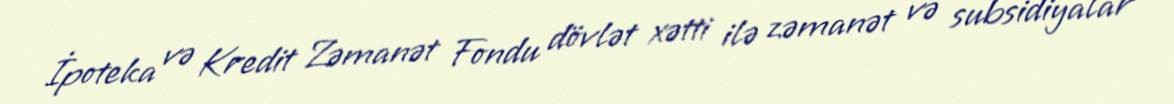
İpoteka və Kredit Zəmanət Fondu dövlət xətti ilə zəmanət və subsidiyalar